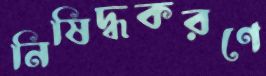
নিষিদ্ধকরণে